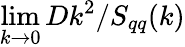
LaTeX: \operatorname*{lim}_{k\to 0}Dk^{2}/S_{qq}(k)